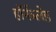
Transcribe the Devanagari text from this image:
हॉर्नब्लेड